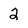
Character: 2